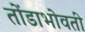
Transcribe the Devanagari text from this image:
तोंडाभोवती